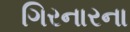
ગિરનારના